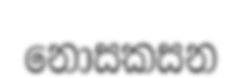
නොසකසන